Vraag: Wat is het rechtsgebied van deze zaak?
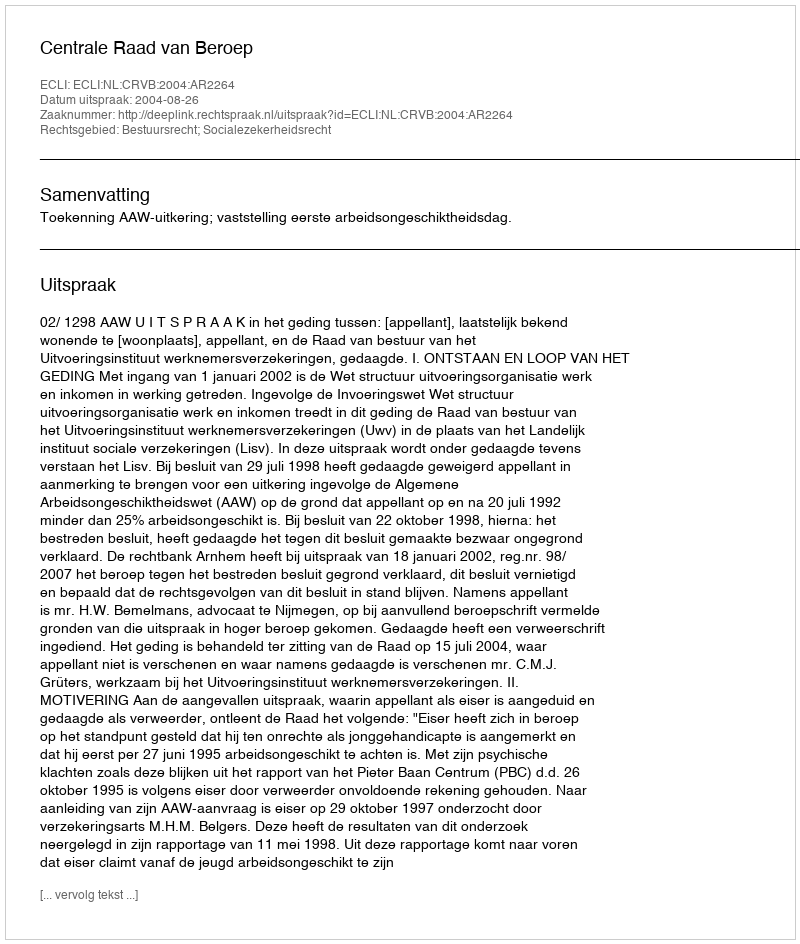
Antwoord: Bestuursrecht; Socialezekerheidsrecht